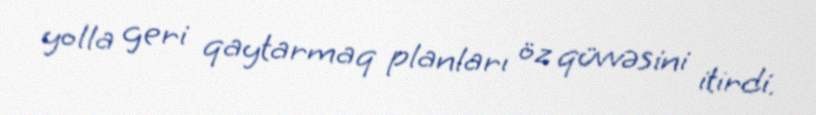
yolla geri qaytarmaq planları öz qüvvəsini itirdi.